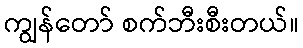
ကျွန်တော် စက်ဘီးစီးတယ်။